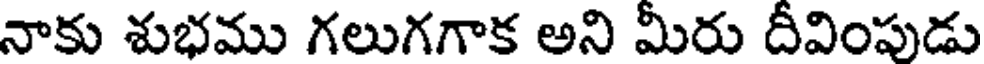
నాకు శుభము గలుగగాక అని మీరు దీవింపుడు